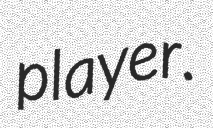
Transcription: player.